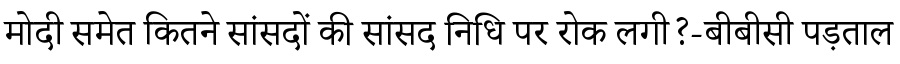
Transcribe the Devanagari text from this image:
मोदी समेत कितने सांसदों की सांसद निधि पर रोक लगी?-बीबीसी पड़ताल